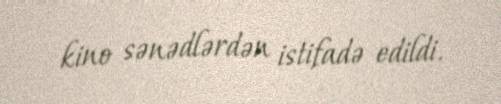
kino sənədlərdən istifadə edildi.